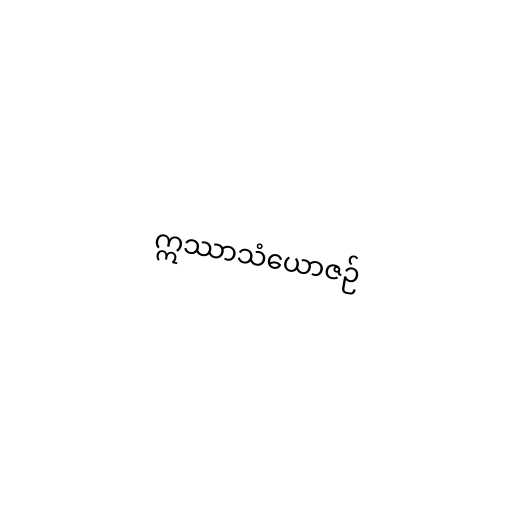
ဣဿာသံယောဇဉ်